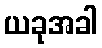
ယခုအခါ